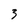
Character: 3